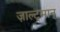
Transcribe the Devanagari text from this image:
ज़ाल्ट्मान्